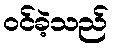
ဝင်ခဲ့သည်